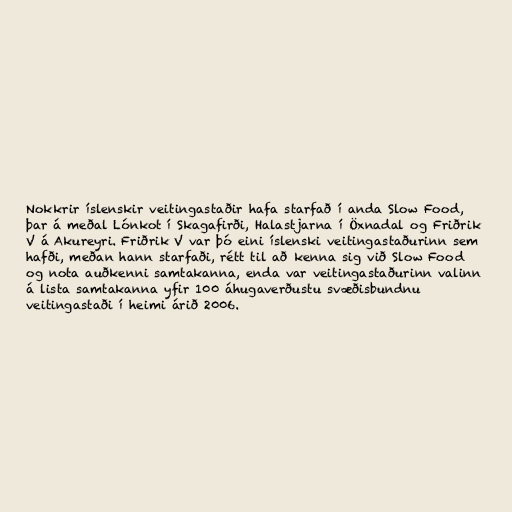
Nokkrir íslenskir veitingastaðir hafa starfað í anda Slow Food,
þar á meðal Lónkot í Skagafirði, Halastjarna í Öxnadal og Friðrik
V á Akureyri. Friðrik V var þó eini íslenski veitingastaðurinn sem
hafði, meðan hann starfaði, rétt til að kenna sig við Slow Food
og nota auðkenni samtakanna, enda var veitingastaðurinn valinn
á lista samtakanna yfir 100 áhugaverðustu svæðisbundnu
veitingastaði í heimi árið 2006.